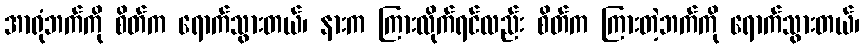
အာရုံဘက်ကို စိတ်က ရောက်သွားတယ်၊ နားက ကြားလိုက်ရင်လည်း စိတ်က ကြားတဲ့ဘက်ကို ရောက်သွားတယ်၊